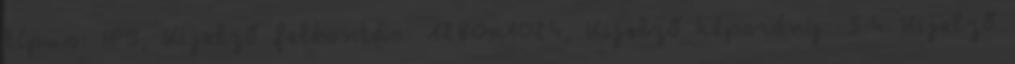
típus: IPS, Kijelző felbontás: 1280x1024, Kijelző képarány: 5:4 Kijelző